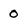
Character: 0